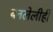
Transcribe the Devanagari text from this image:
बनलेलीही